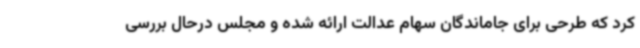
کرد که طرحی برای جاماندگان سهام عدالت ارائه شده و مجلس درحال بررسی